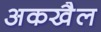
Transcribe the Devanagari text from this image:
अकखैल